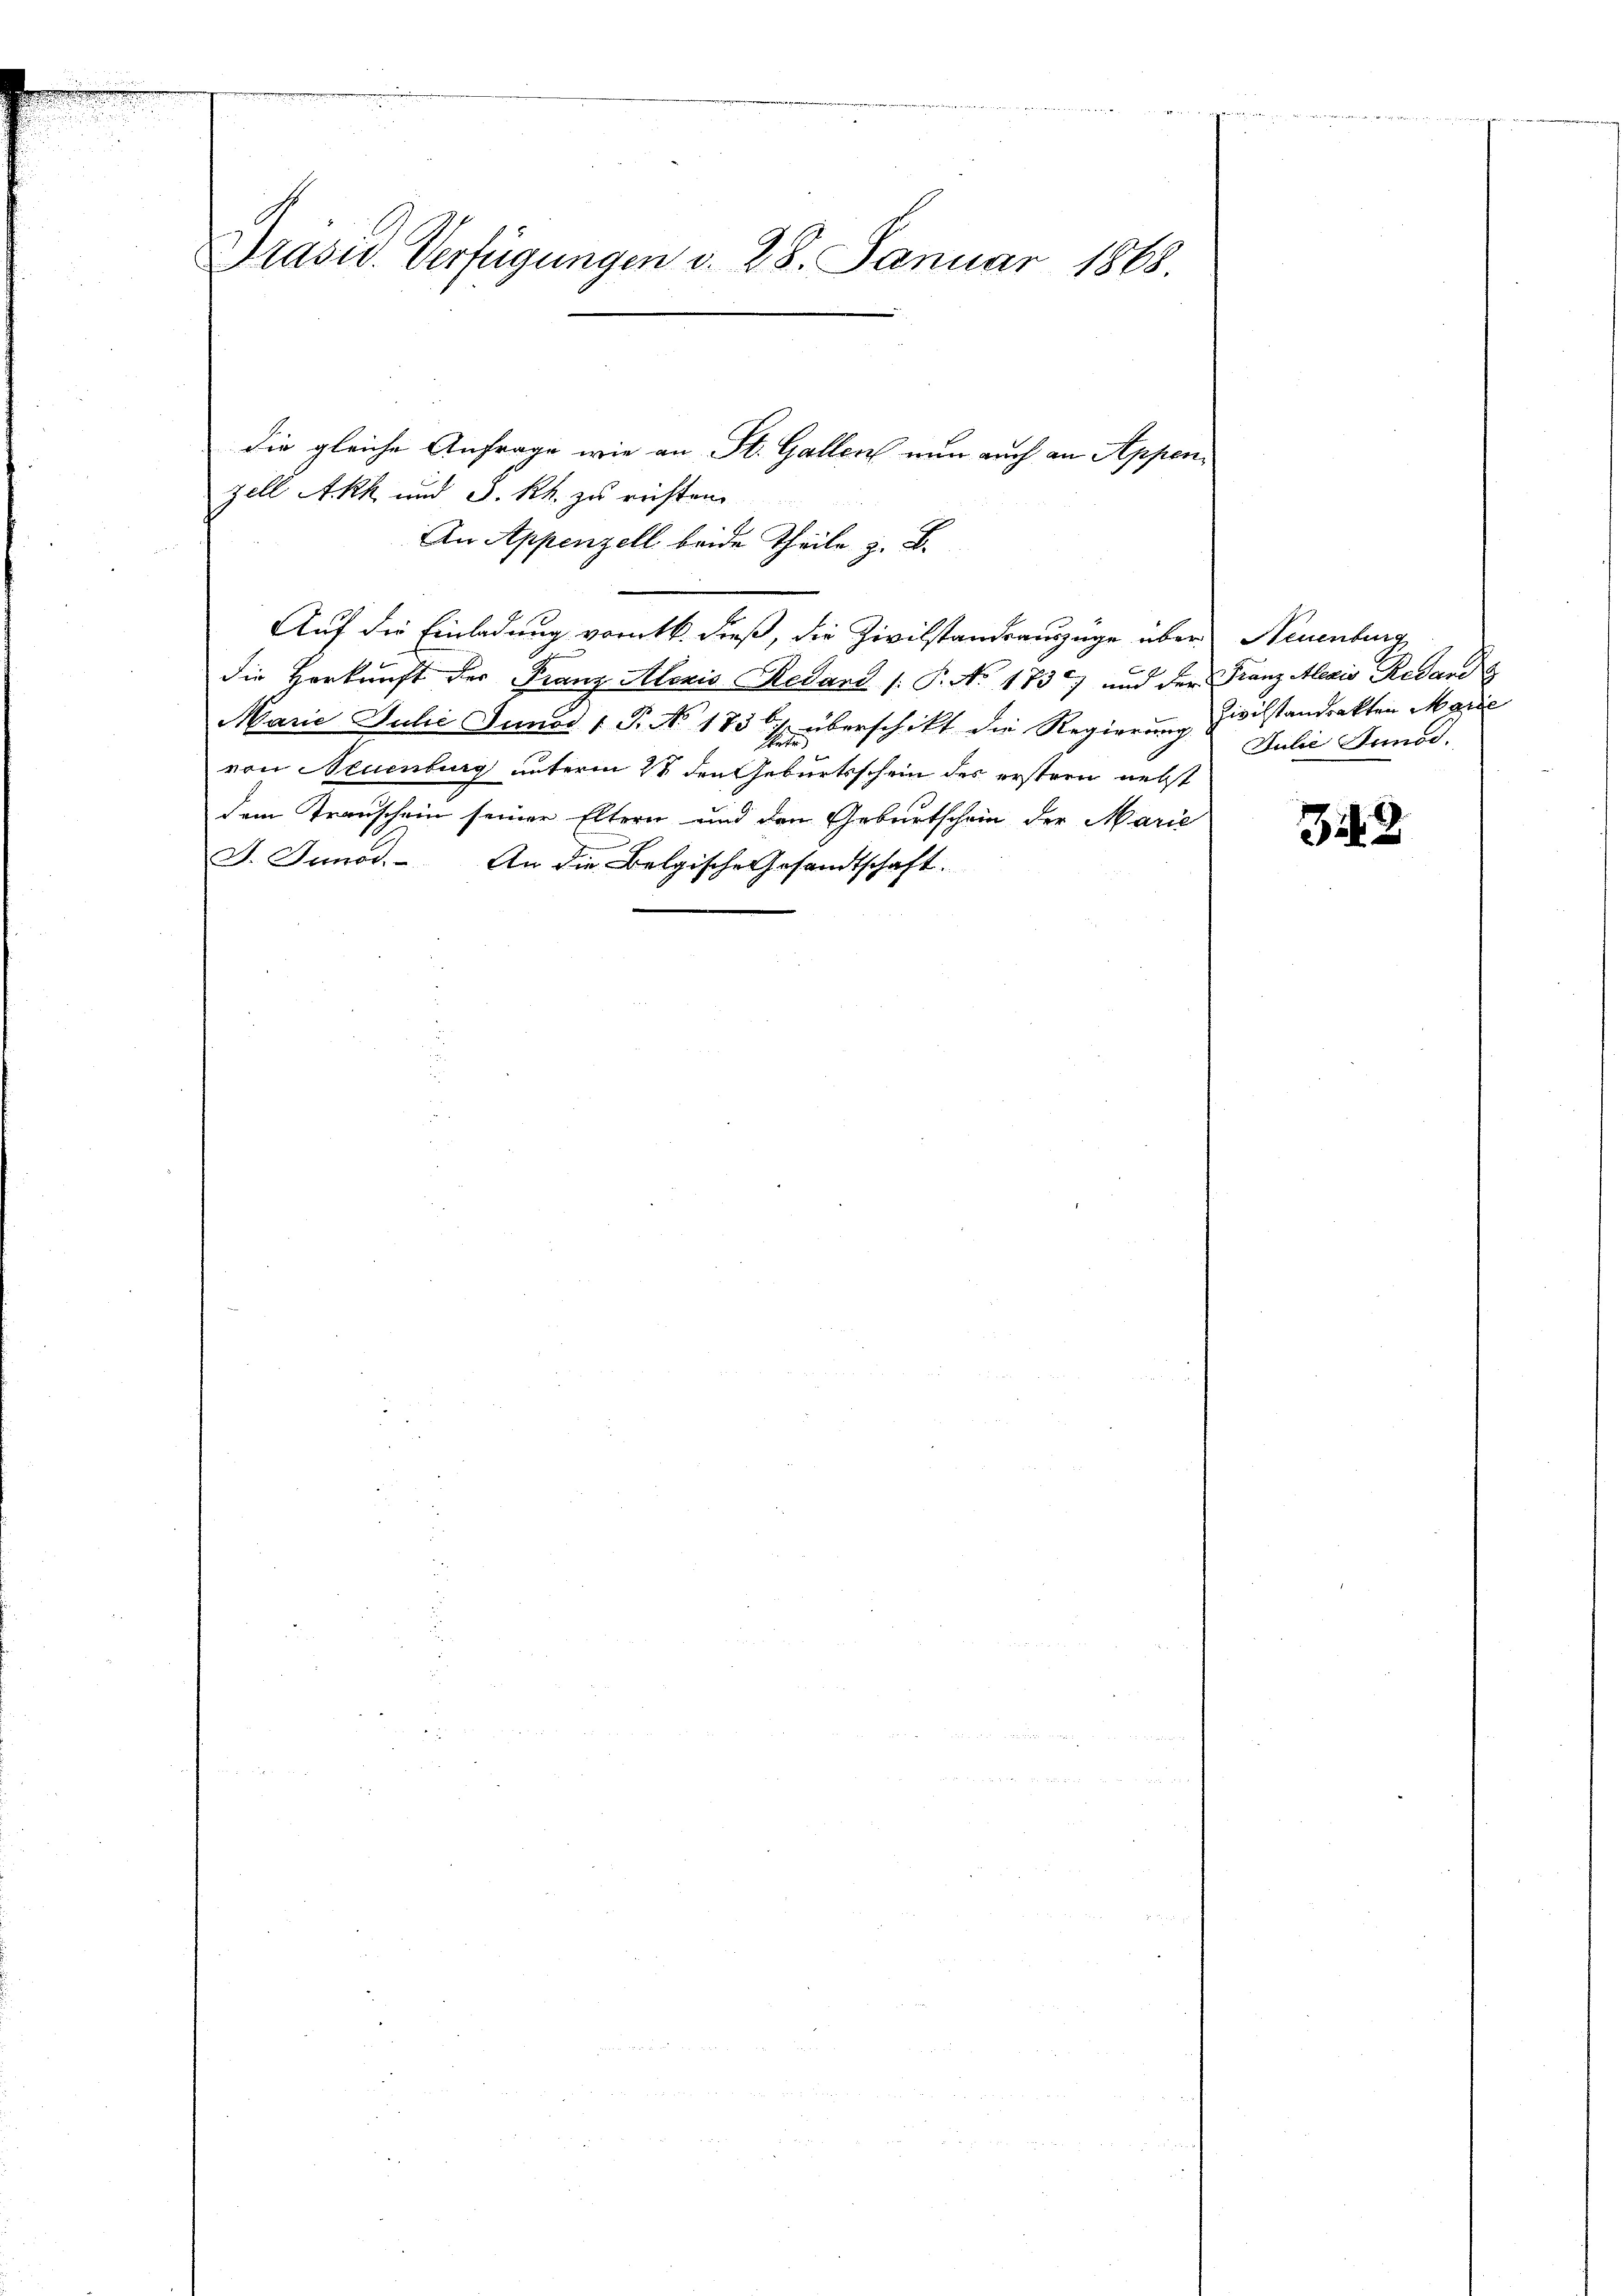
Präses Verfügungen v. 28. Januar 1868.

die gleiche Anfrage wie an St. Gallen nun auch an Appenzell Akk und S. Rh. zu richten.
An Appenzell beide Theile z. B.
Auf die Einladung vorntb. dieß, die Zivilstandsauszüge über Neuenburg
die Herkunft der Franz Alario Redard /: P. N. 1737) und der Franz Alexis Resand
Marie Julii Junod / P. No. 1836. überschikt die Regierung zivilstandrakten Marie
von Neuenburg unterm 28 den Geburtsschein des erstern nebst
dem Transchein seiner Eltern und den Geburtschein der Marie
I. Junos. An die Belgische Gesandtschaft.

Julić Junod.

343